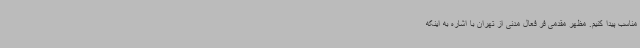
مناسب پیدا کنیم. مظهر مقدمی فر فعال مدنی از تهران با اشاره به اینکه